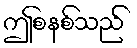
ဤစနစ်သည်